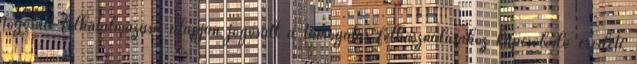
jogosult felhatalmazása alapján jogosult a támogatás felhasználásához kapcsolódó eredeti